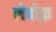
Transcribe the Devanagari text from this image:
लेबोफ़